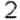
2